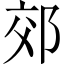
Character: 郊